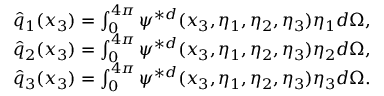
\begin{array} { r } { \hat { q } _ { 1 } ( x _ { 3 } ) = \int _ { 0 } ^ { 4 \pi } \psi ^ { * d } ( x _ { 3 } , \eta _ { 1 } , \eta _ { 2 } , \eta _ { 3 } ) \eta _ { 1 } d \Omega , } \\ { \hat { q } _ { 2 } ( x _ { 3 } ) = \int _ { 0 } ^ { 4 \pi } \psi ^ { * d } ( x _ { 3 } , \eta _ { 1 } , \eta _ { 2 } , \eta _ { 3 } ) \eta _ { 2 } d \Omega , } \\ { \hat { q } _ { 3 } ( x _ { 3 } ) = \int _ { 0 } ^ { 4 \pi } \psi ^ { * d } ( x _ { 3 } , \eta _ { 1 } , \eta _ { 2 } , \eta _ { 3 } ) \eta _ { 3 } d \Omega . } \end{array}